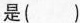
是（）